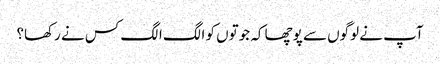
آپ نے لوگوں سے پوچھا کہ جوتوں کو الگ الگ کس نے رکھا؟